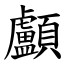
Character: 顱